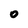
Character: 0